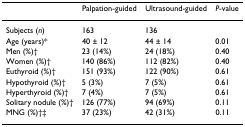
<table><thead><tr><td></td><td><b>Palpation-guided</b></td><td><b>Ultrasound-guided</b></td><td><b><i>P</i>-value</b></td></tr></thead><tbody><tr><td>Subjects (<i>n</i>)</td><td>163</td><td>136</td><td></td></tr><tr><td>Age (years)*</td><td>40 ± 12</td><td>44 ± 14</td><td>0.01</td></tr><tr><td>Men (%)†</td><td>23 (14%)</td><td>24 (18%)</td><td>0.40</td></tr><tr><td>Women (%)†</td><td>140 (86%)</td><td>112 (82%)</td><td>0.40</td></tr><tr><td>Euthyroid (%)†</td><td>151 (93%)</td><td>122 (90%)</td><td>0.61</td></tr><tr><td>Hypothyroid (%)†</td><td>5 (3%)</td><td>7 (5%)</td><td>0.61</td></tr><tr><td>Hyperthyroid (%)†</td><td>7 (4%)</td><td>7 (5%)</td><td>0.61</td></tr><tr><td>Solitary nodule (%)†</td><td>126 (77%)</td><td>94 (69%)</td><td>0.11</td></tr><tr><td>MNG (%)†‡</td><td>37 (23%)</td><td>42 (31%)</td><td>0.11</td></tr></tbody></table>